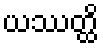
ယဿတ္ထိ